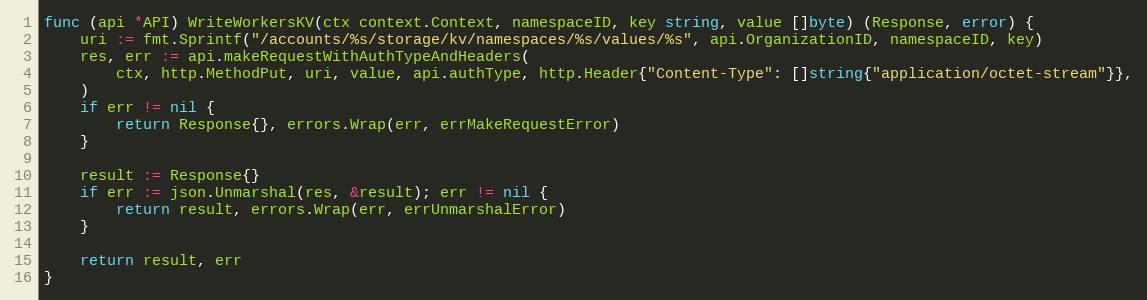
Language: Go
func (api *API) WriteWorkersKV(ctx context.Context, namespaceID, key string, value []byte) (Response, error) {
	uri := fmt.Sprintf("/accounts/%s/storage/kv/namespaces/%s/values/%s", api.OrganizationID, namespaceID, key)
	res, err := api.makeRequestWithAuthTypeAndHeaders(
		ctx, http.MethodPut, uri, value, api.authType, http.Header{"Content-Type": []string{"application/octet-stream"}},
	)
	if err != nil {
		return Response{}, errors.Wrap(err, errMakeRequestError)
	}

	result := Response{}
	if err := json.Unmarshal(res, &result); err != nil {
		return result, errors.Wrap(err, errUnmarshalError)
	}

	return result, err
}